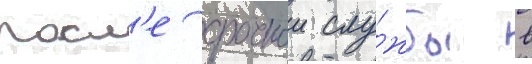
Посл'е срочнои слу́жбы в